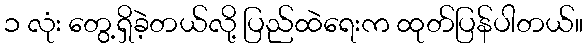
၁ လုံး တွေ့ရှိခဲ့တယ်လို့ ပြည်ထဲရေးက ထုတ်ပြန်ပါတယ်။